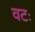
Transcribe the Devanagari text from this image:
वटः